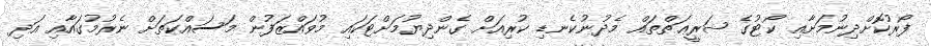
ފޯރުކޮށްދިނުމަށާއި ކޯޓުގެ ޝަރީޢަތްތައް މެދުނުކެނޑި ކުރިއަށް ގެންދިޔުމަށްޓަކައި މުވައްޒަފުން މަސައްކަތަށް ނެރުމުގައާއި އަދި